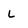
Character: L